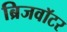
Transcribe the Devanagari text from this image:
ब्रिजवॉटर